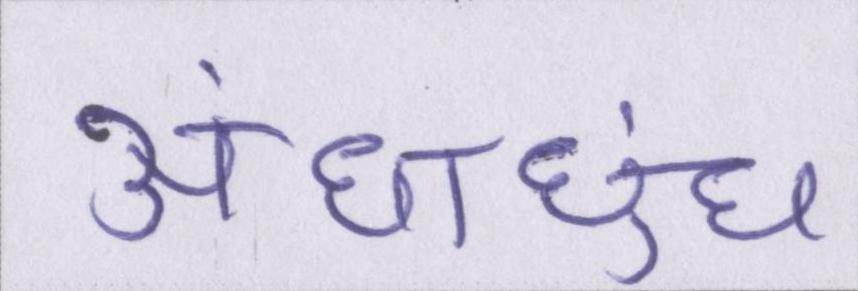
अंधाधुंध